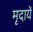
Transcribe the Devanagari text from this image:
मृदायें